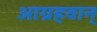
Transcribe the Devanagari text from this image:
आग्रहवान्‌